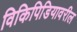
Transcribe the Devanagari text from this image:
विकिपिडियावरील